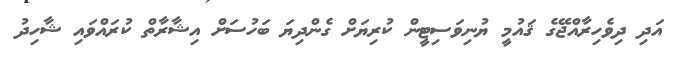
އަދި ދިވެހިރާއްޖޭގެ ޤައުމީ ޔުނިވަސިޓީން ކުރިޔަށް ގެންދިޔަ ބަހުސަށް އިޝާރާތް ކުރައްވައި ޝާހިދު